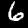
Label: 6